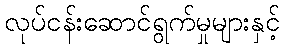
လုပ်ငန်းဆောင်ရွက်မှုများနှင့်